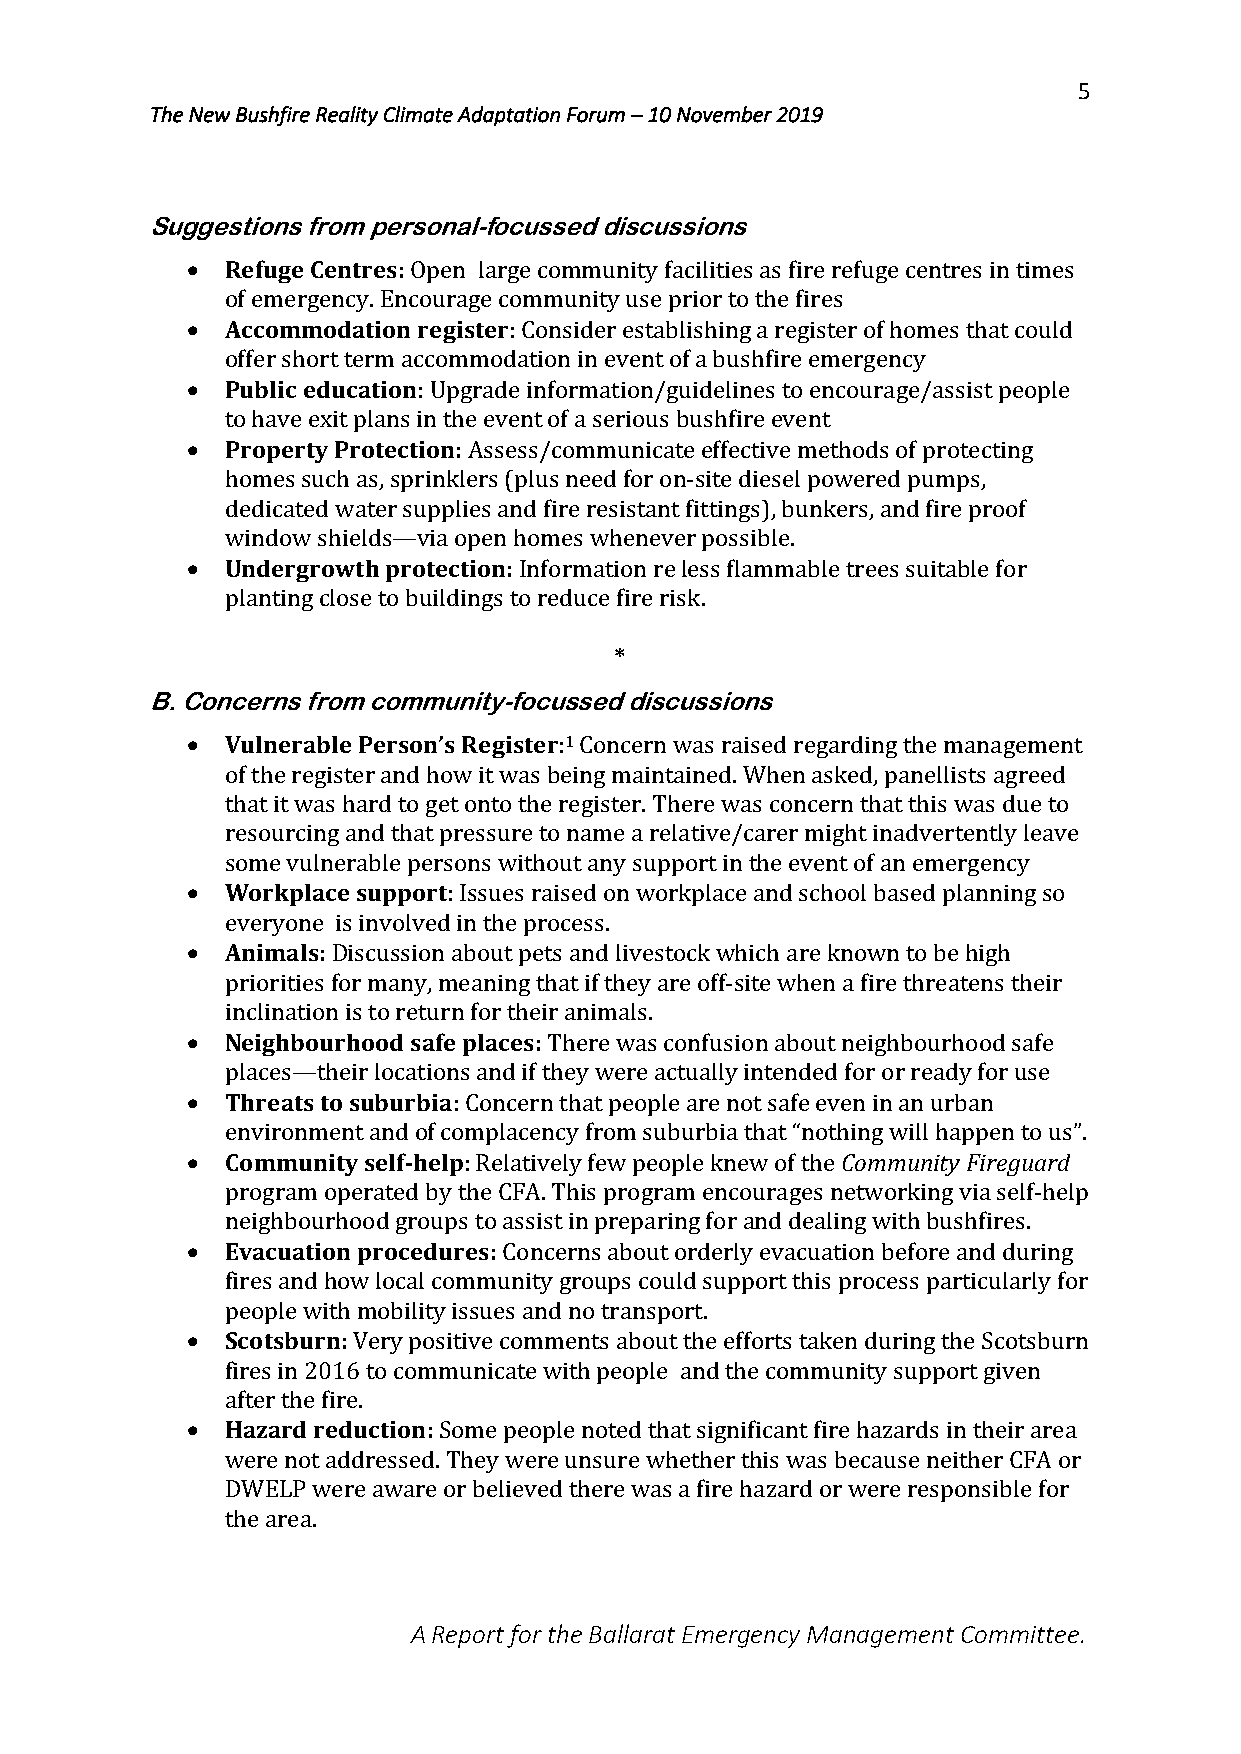
5
 The New Bushfire Reality Climate Adaptation Forum – 10 November 2019
 Suggestions from personal-focussed discussions
 •  Refuge Centres: Open large community facilities as fire refuge centres in times
 of emergency. Encourage community use prior to the fires
 •  Accommodation register: Consider establishing a register of homes that could
 offer short term accommodation in event of a bushfire emergency
 •  Public education: Upgrade information/guidelines to encourage/assist people
 to have exit plans in the event of a serious bushfire event
 •  Property Protection: Assess/communicate effective methods of protecting
 homes such as, sprinklers (plus need for on-site diesel powered pumps,
 dedicated water supplies and fire resistant fittings), bunkers, and fire proof
 window shields—via open homes whenever possible.
 •  Undergrowth protection: Information re less flammable trees suitable for
 planting close to buildings to reduce fire risk.
 *
 B. Concerns from community-focussed discussions
 •  Vulnerable Person’s Register:1 Concern was raised regarding the management
 of the register and how it was being maintained. When asked, panellists agreed
 that it was hard to get onto the register. There was concern that this was due to
 resourcing and that pressure to name a relative/carer might inadvertently leave
 some vulnerable persons without any support in the event of an emergency
 •  Workplace support: Issues raised on workplace and school based planning so
 everyone is involved in the process.
 •  Animals: Discussion about pets and livestock which are known to be high
 priorities for many, meaning that if they are off-site when a fire threatens their
 inclination is to return for their animals.
 •  Neighbourhood safe places: There was confusion about neighbourhood safe
 places—their locations and if they were actually intended for or ready for use
 •  Threats to suburbia: Concern that people are not safe even in an urban
 environment and of complacency from suburbia that “nothing will happen to us”.
 •  Community self-help: Relatively few people knew of the Community Fireguard
 program operated by the CFA. This program encourages networking via self-help
 neighbourhood groups to assist in preparing for and dealing with bushfires.
 •  Evacuation procedures: Concerns about orderly evacuation before and during
 fires and how local community groups could support this process particularly for
 people with mobility issues and no transport.
 •  Scotsburn: Very positive comments about the efforts taken during the Scotsburn
 fires in 2016 to communicate with people and the community support given
 after the fire.
 •  Hazard reduction: Some people noted that significant fire hazards in their area
 were not addressed. They were unsure whether this was because neither CFA or
 DWELP were aware or believed there was a fire hazard or were responsible for
 the area.
 A Report for the Ballarat Emergency Management Committee.